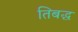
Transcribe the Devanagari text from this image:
तिबद्ध